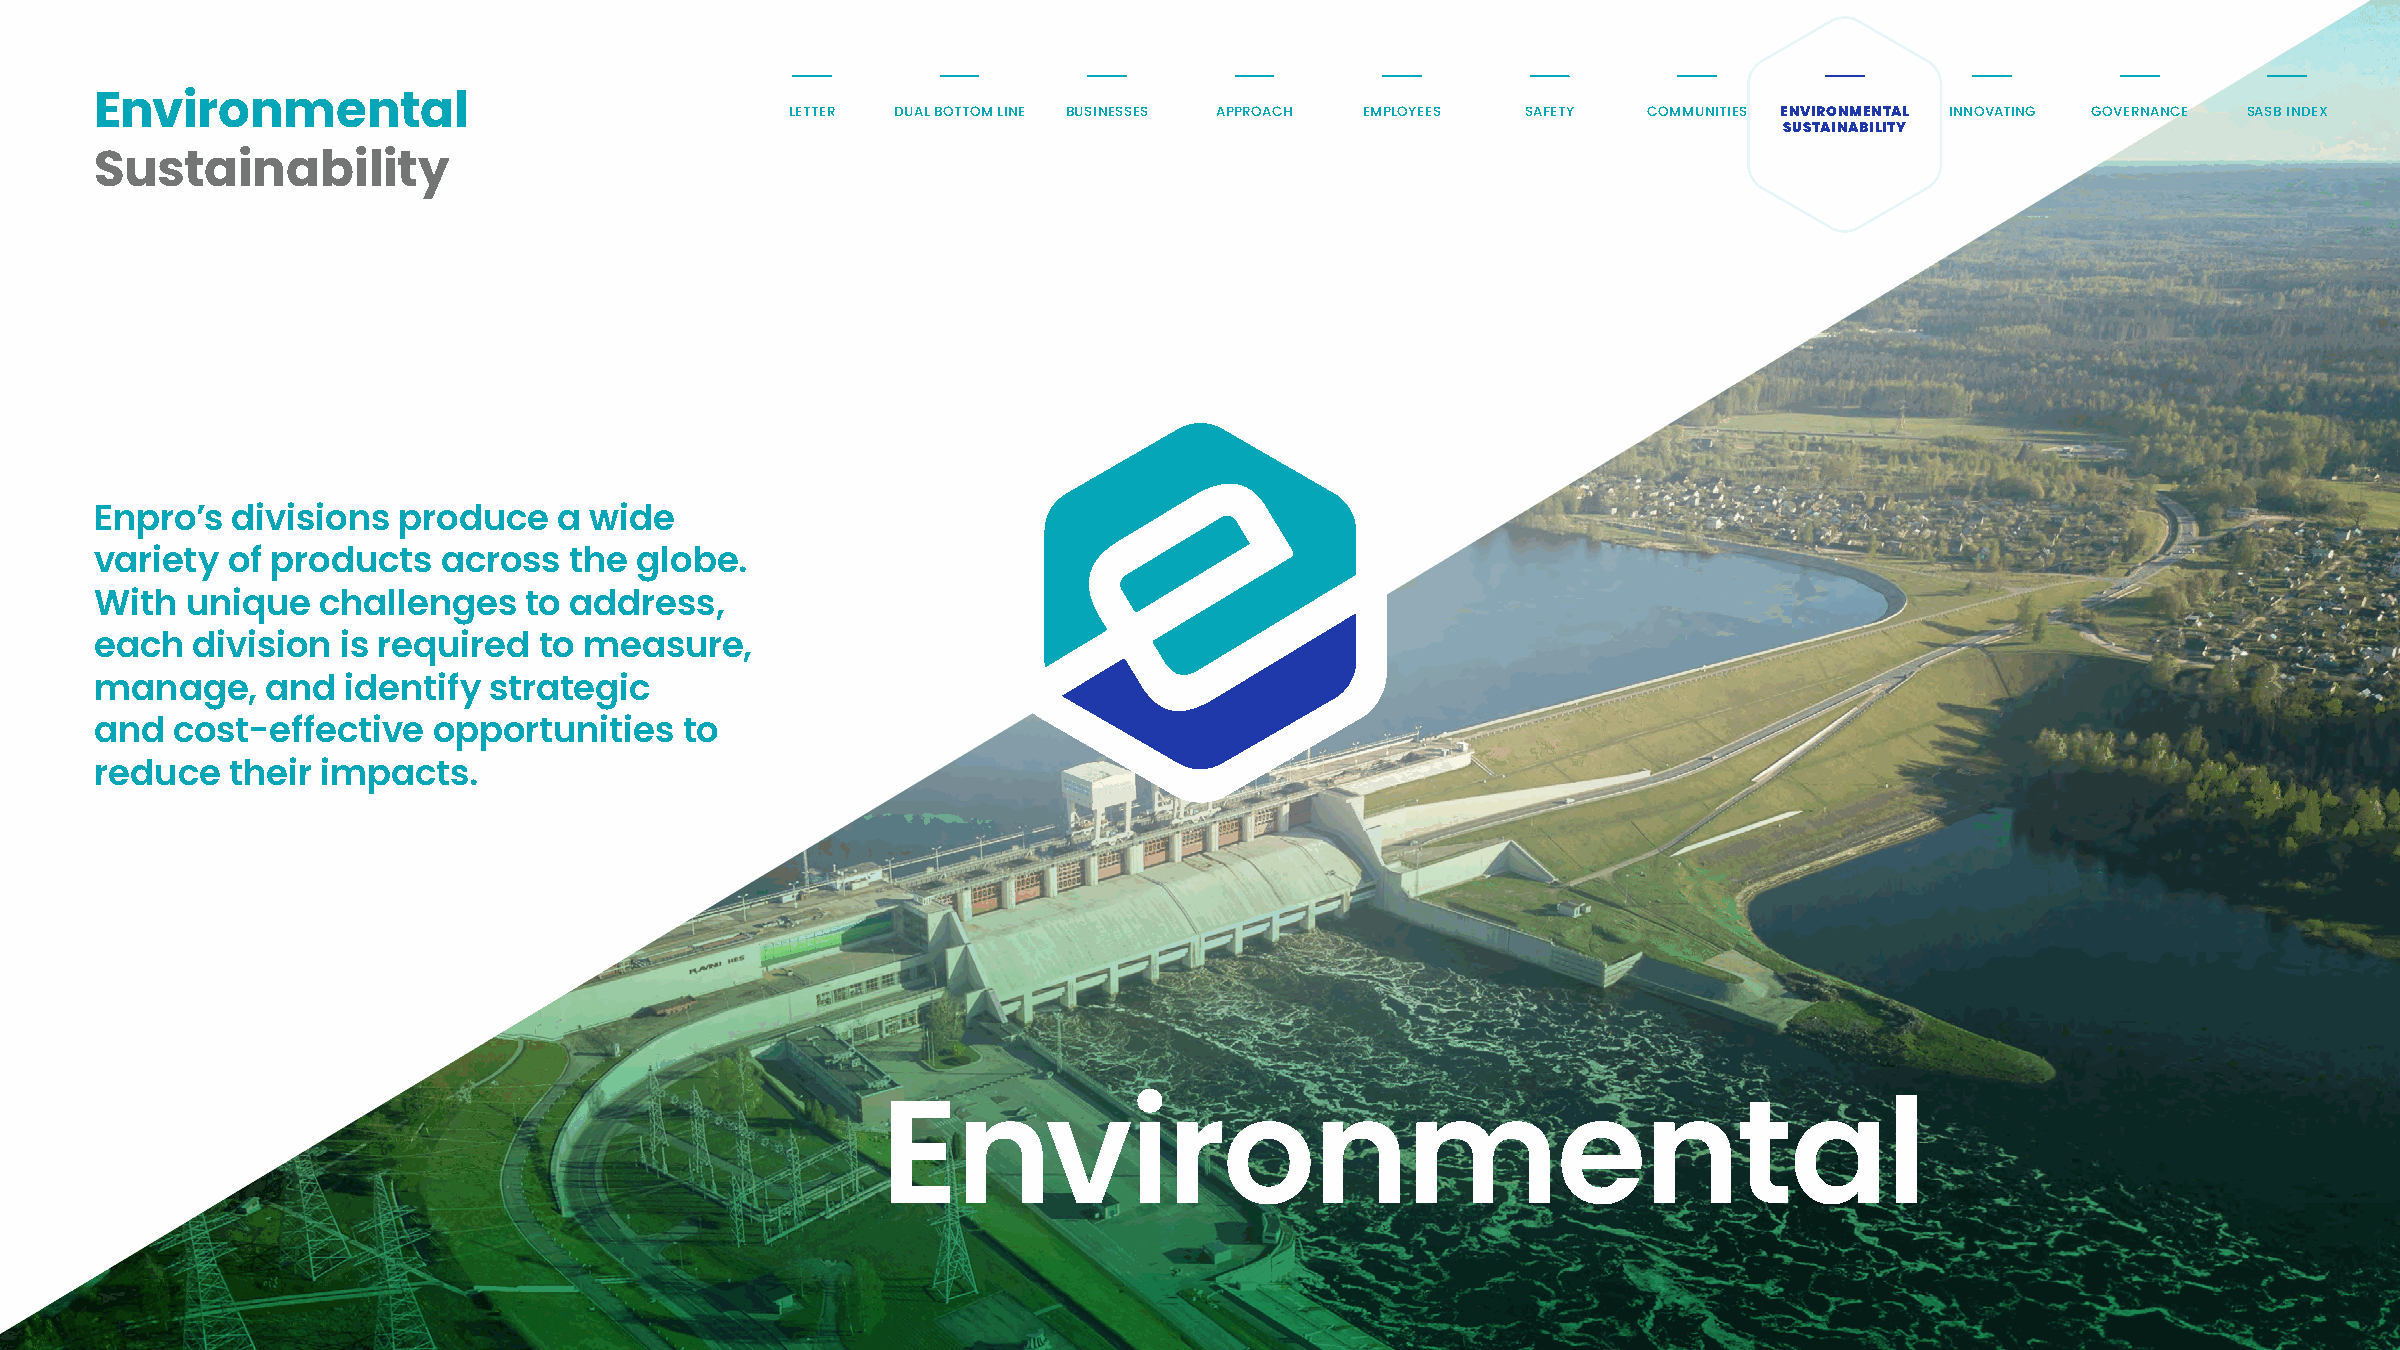
Environmental                                 LETTER DUAL BOTTOM LINE BUSINESSES APPROACH EMPLOYEES SAFETY COMMUNITIES ENVIRONMENTAL INNOVATING GOVERNANCE SASB INDEX
 SUSTAINABILITY
 Sustainability
 Enpro’s  divisions  produce    a wide
 variety  of products   across   the globe.
 With  unique   challenges    to address,
 each   division  is required  to measure,
 manage,     and  identify strategic
 and   cost-effective   opportunities   to
 reduce   their impacts.
 Environmental